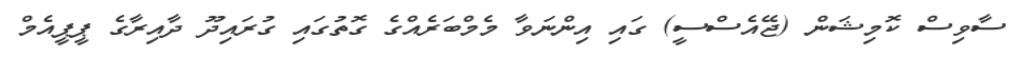
ސާވިސް ކޮމިޝަން (ޖޭއެސްސީ) ގައި އިންނަވާ މެމްބަރެއްގެ ގޮތުގައި ގުރައިދޫ ދާއިރާގެ ޕީޕީއެމް